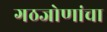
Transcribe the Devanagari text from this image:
गठजोणांचा